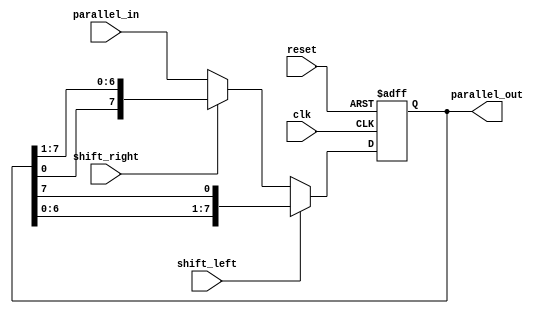
module Universal_Shift_Register(
  input wire clk,
  input wire reset,
  input wire shift_left,
  input wire shift_right,
  input [7:0] parallel_in,
  output reg [7:0] parallel_out
);

reg [7:0] data;
reg [7:0] shifted_data;

always @(posedge clk or posedge reset) begin
  if (reset) begin
    data <= 8'b0;
  end else begin
    if (shift_left) begin
      data <= {data[6:0], data[7]};
    end else if (shift_right) begin
      data <= {data[0], data[7:1]};
    end else begin
      data <= parallel_in;
    end
  end
end

assign parallel_out = data;

endmodule